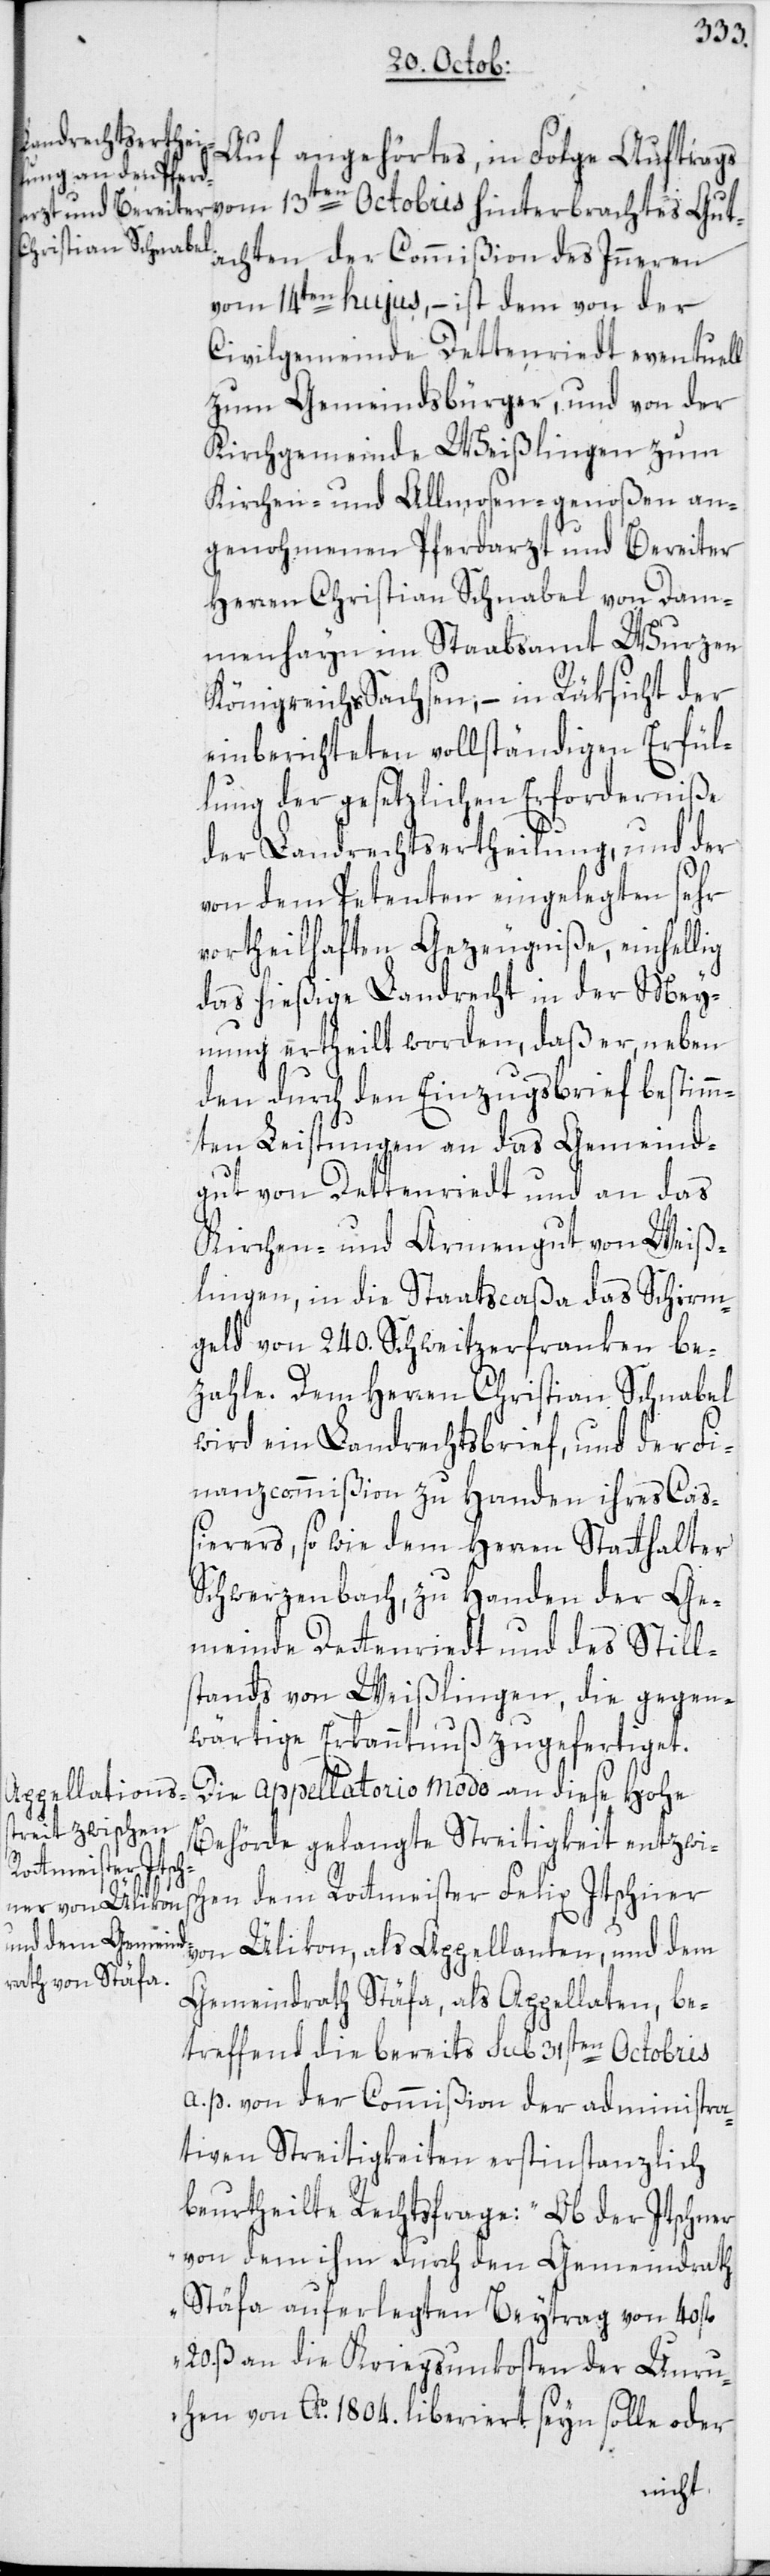
chten der Commißion des Inneren
vom 14ten hujus, – ist dem von der
Civilgemeinde Dettenriedt eventuell
zum Gemeindsbürger, und von der
Kirchgemeinde Weißlingen zum
Kirchen- und Allmosengenoßen an¬
genohmenen Pferdarzt und Bereiter
Herren Christian Schnabel von Dam¬
menhayn im Stabsammt Wurzen,
Königreichs Sachsen, – in Rüksicht der
einberichteten vollständigen Erfül¬
lung der gesetzlichen Erforderniße
der Landrechtsertheilung, und der
von dem Petenten eingelegten sehr
vortheilhaften Gezeugniße, einhellig
das hießige Landrecht in der Mey¬
nung ertheilt worden, daß er, neben
den durch den Einzugsbrief bestimm¬
ten Leistungen an das Gemeind¬
gut von Dettenriedt und an das
Kirchen- und Armengut von Weiß¬
lingen, in die Staatscaßa das Schirm¬
geld von 240. Schweitzerfranken be¬
zahle. Dem Herren Christian Schnabel
wird ein Landrechtsbrief, und der Fi¬
nanzcommißion zu Handen ihres Cas¬
sierers, so wie dem Herren Statthalter
Schwerzenbach, zu Handen der Ge¬
meinde Dettenriedt und des Still¬
stands von Weißlingen, die gegen¬
wärtige Erkanntnuß zugefertiget.
Die appellatorio modo an diese Hohe
Behörde gelangte Streitigkeit entzwisc¬
tes Guta¬
hen dem Rottmeister Felix Itschner
von Ülikon, als Appellanten, und dem
Gemeindrath Stäfa, als Appellaten, be¬
treffend die bereits sub 31sten Octobris
a. p. von der Commißion der administra¬
tiven Streitigkeiten erstinstanzlich
beurtheilte Rechtsfrage: „Ob der Itschner
von dem ihm durch den Gemeindrath
Stäfa auferlegten Beytrag von 40 fl.
20. ß an die Kriegsunkosten der Unru¬
hen von Ao 1804. liberiert seyn solle oder